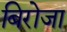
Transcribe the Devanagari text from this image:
बिरोजा